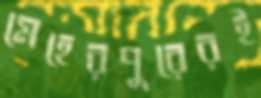
মেহেরপুরেরই